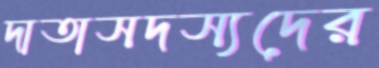
দাতাসদস্যদের